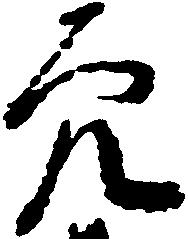
穴